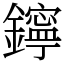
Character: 鑏